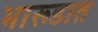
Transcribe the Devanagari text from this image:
भारूडात